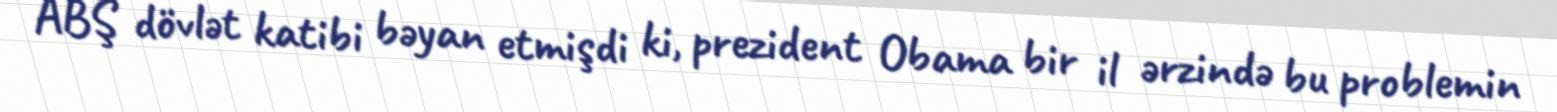
ABŞ dövlət katibi bəyan etmişdi ki, prezident Obama bir il ərzində bu problemin